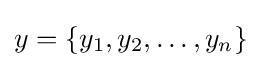
y=\{y_{1},y_{2},\dots ,y_{n}\}